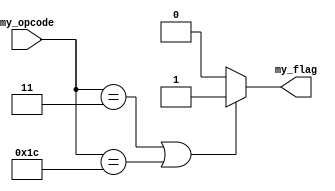
`timescale 1ns / 1ps

//generatnig a flag to determine whether it is fence or ebreak instruction
module fence_ebreak(input [4:0] my_opcode, output reg my_flag);
always @(*) begin
    if ((my_opcode == 5'b00011) || (my_opcode == 5'b11100)) begin //fence or ebreak
        my_flag = 1;
    
    end else begin
        my_flag = 0;
        
    end
end
endmodule